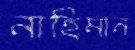
নাহিমান